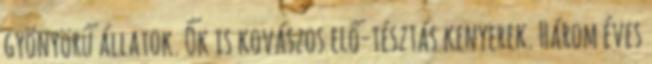
gyönyörű állatok. Ők is kovászos elő-tésztás kenyerek. Három éves